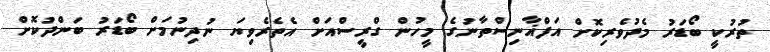
ތުރުކީ ބޯޑަރު މެދުވެރިކޮށް އަފްޣާނިސްތާނުގެ މީހުން ގްރީސްއަށް އެތެރެވިޔަ ނުދިނުމަށް ބޯޑަރު ބަންދުކޮށް